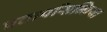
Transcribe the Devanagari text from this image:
प्रतापसिन्धिया